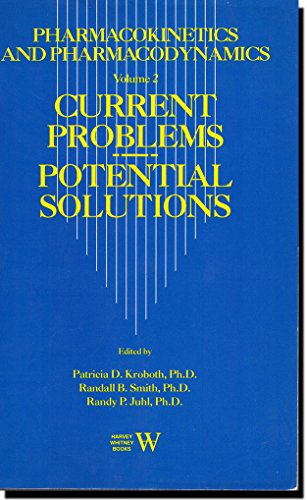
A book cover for Pharmacokinetics and Pharmacodynamics: Current Problems, Potential Solutions; Medical Books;